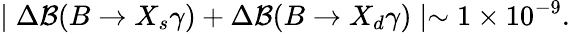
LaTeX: \mid\Delta{\cal B}(B\to X_{s}\gamma)+\Delta{\cal B}(B\to X_{d}\gamma)\mid\sim 1\times 10^{-9}.